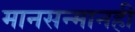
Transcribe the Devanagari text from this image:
मानसन्मानही